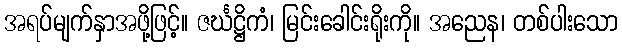
အရပ်မျက်နှာအဖို့ဖြင့်။ ဇင်္ဃဋ္ဌိကံ၊ မြင်းခေါင်းရိုးကို။ အညေန၊ တစ်ပါးသော